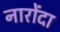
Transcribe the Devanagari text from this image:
नारोंदा